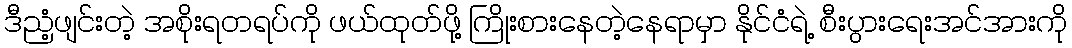
ဒီညံ့ဖျင်းတဲ့ အစိုးရတရပ်ကို ဖယ်ထုတ်ဖို့ ကြိုးစားနေတဲ့နေရာမှာ နိုင်ငံရဲ့ စီးပွားရေးအင်အားကို